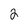
Character: 2